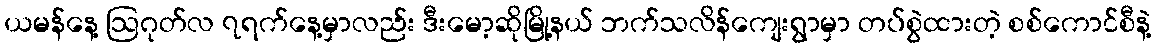
ယမန်နေ့ ဩဂုတ်လ ၇ရက်နေ့မှာလည်း ဒီးမော့ဆိုမြို့နယ် ဘက်သလိန်ကျေးရွာမှာ တပ်စွဲထားတဲ့ စစ်ကောင်စီနဲ့